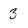
Character: 3